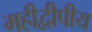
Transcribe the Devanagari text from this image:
महीद्वीपीय